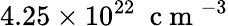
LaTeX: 4.25\times 10^{22}\mathrm{~\ c~m~}^{-3}